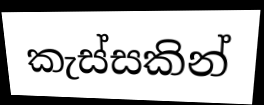
කැස්සකින්